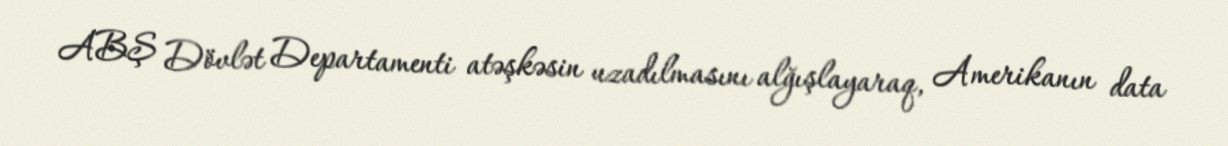
ABŞ Dövlət Departamenti atəşkəsin uzadılmasını alğışlayaraq, Amerikanın data